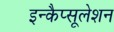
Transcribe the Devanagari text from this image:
इन्कैप्सूलेशन